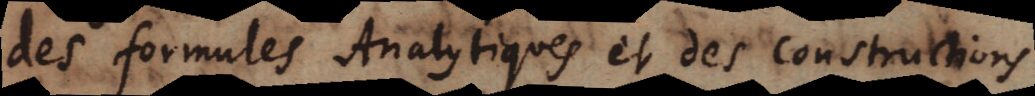
des formules Analytiques et des constructions